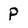
Character: P